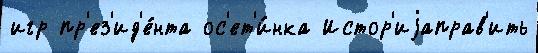
игр пр'ез'ид'е́нта ос'ет'и́нка Истор'иjаправ'ить